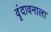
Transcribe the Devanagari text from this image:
वृंदावनाला